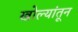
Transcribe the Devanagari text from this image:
खोल्यांतून